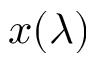
x ( \lambda )